TRU_Ajalooring, lk 80
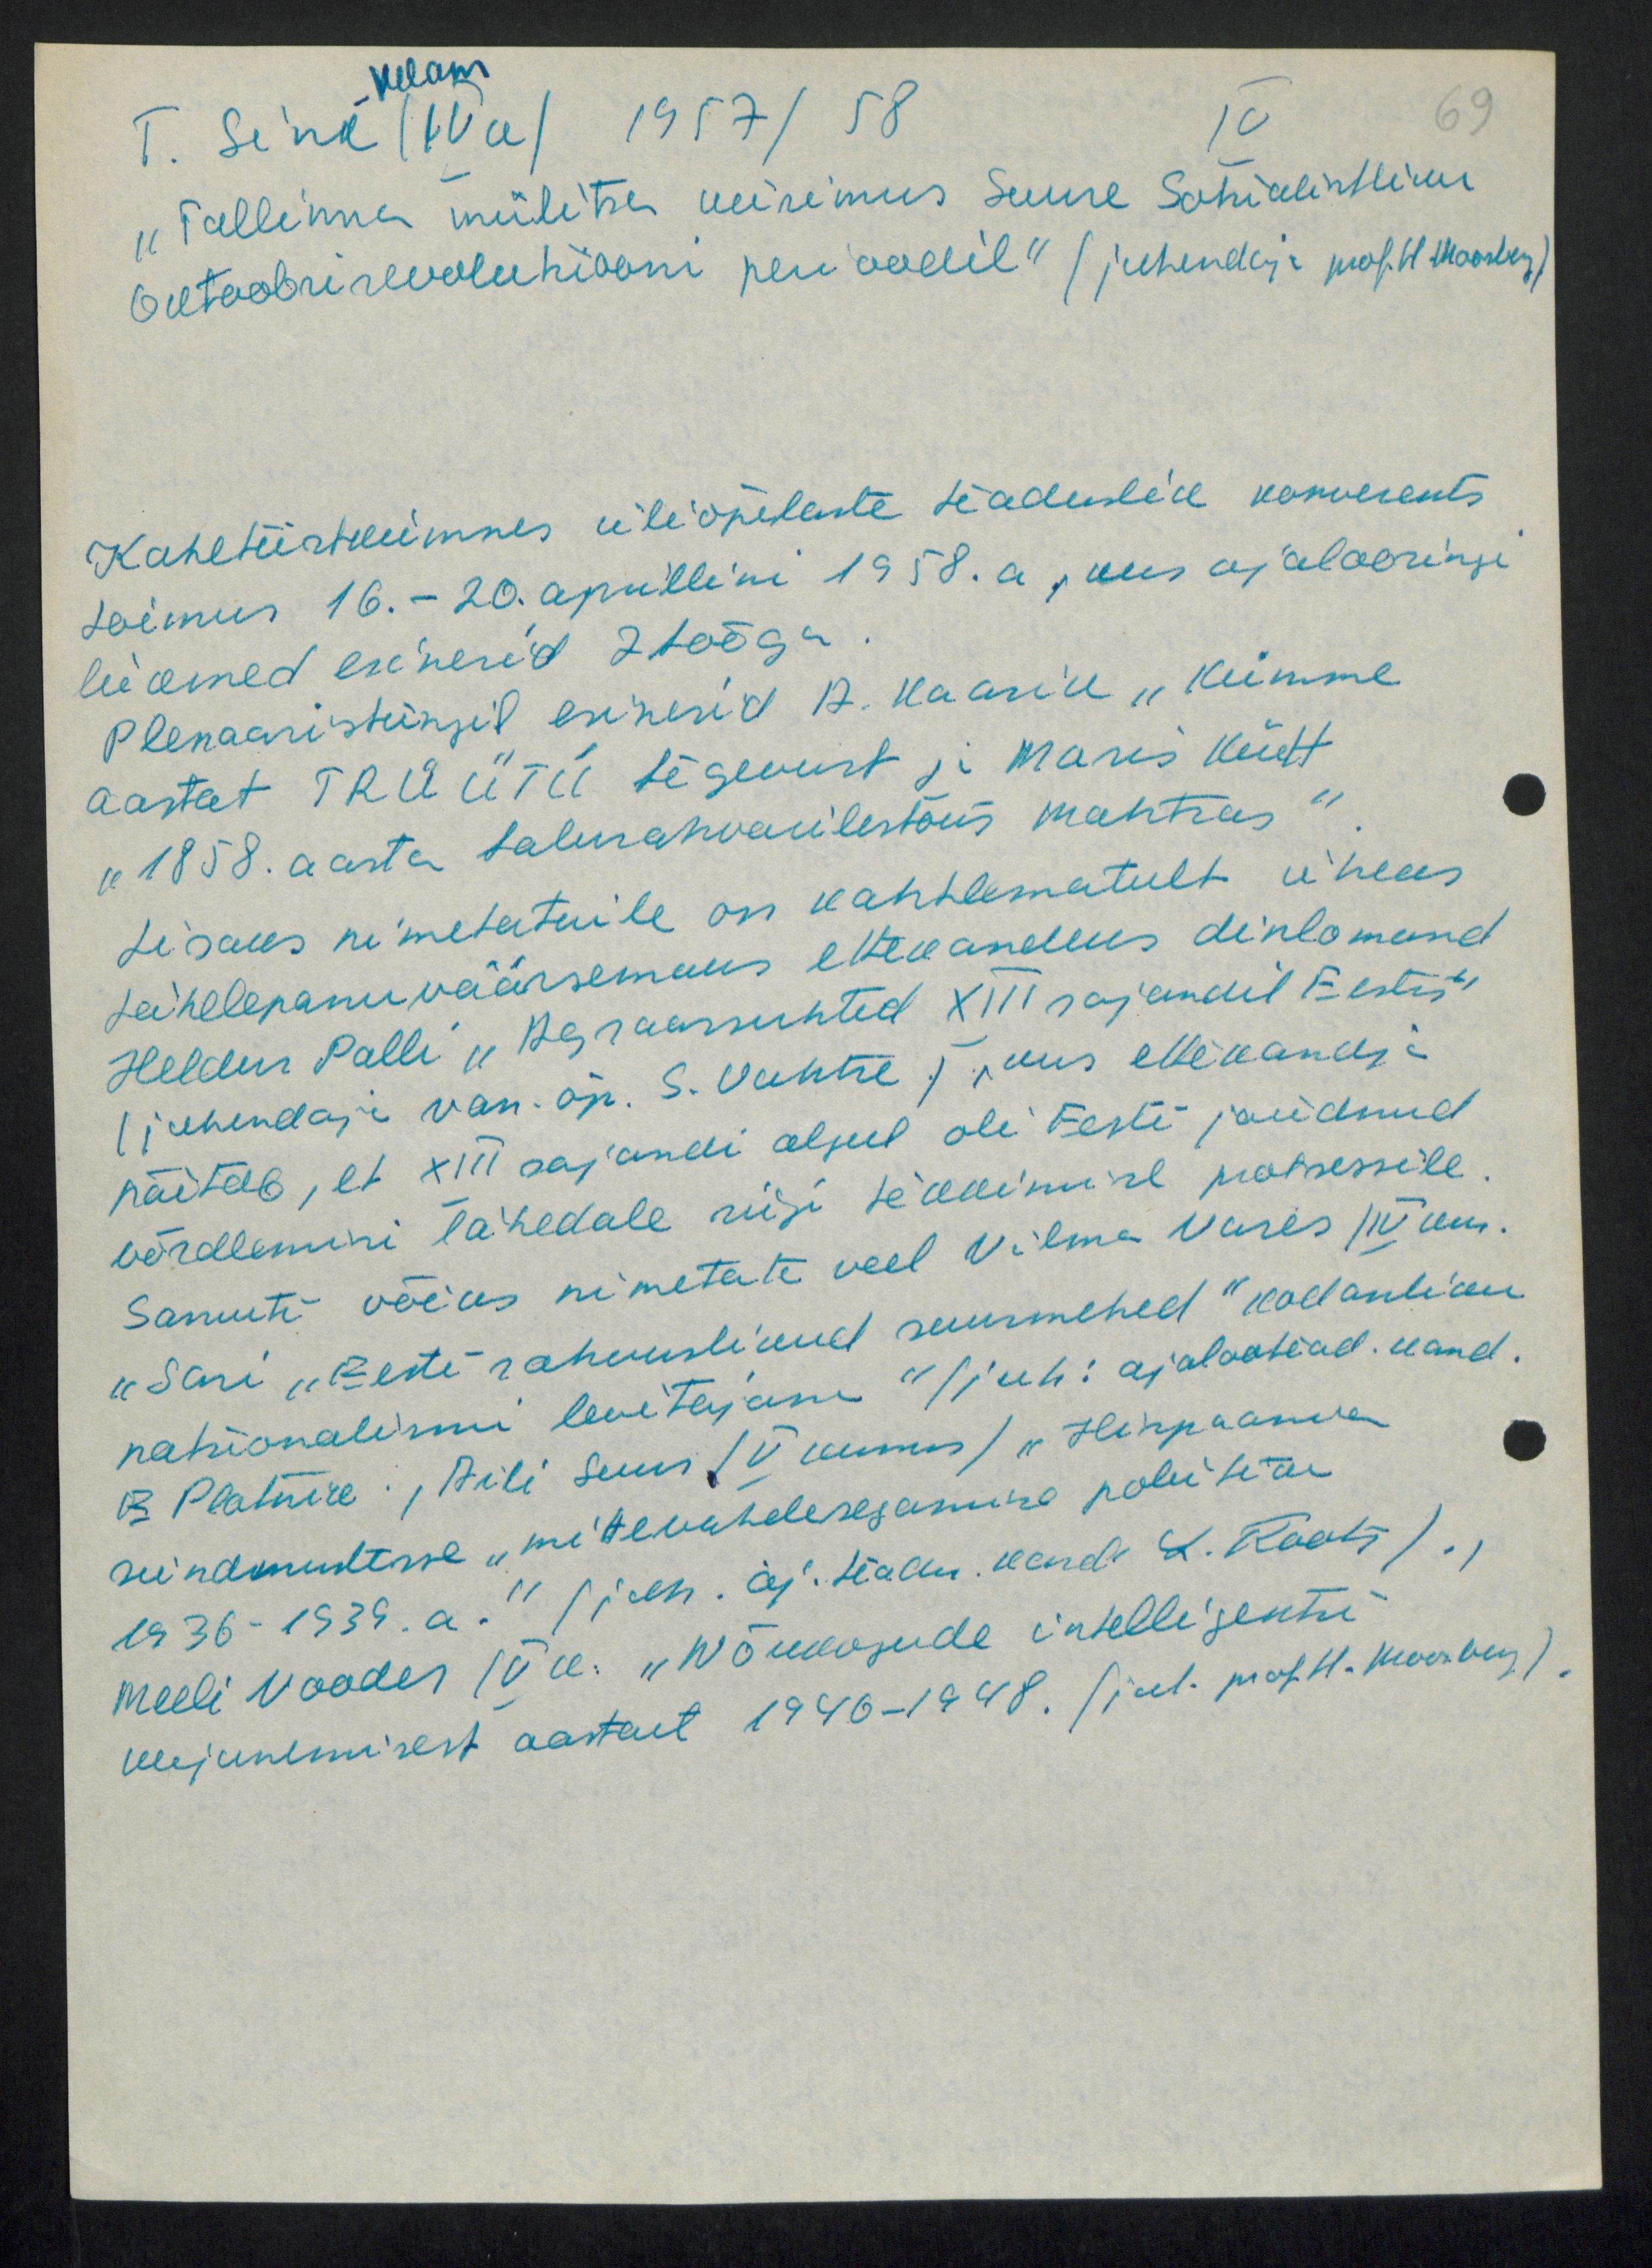
kelam
T. Sink-  (IVk) 1957/58
IV
69
"Tallinna miilitsa uurimus Suure Sotsialistliku
Oktoobrirevolutsiooni perioodil" (juhendaja prof. H. Moosberg)
Kaheteistkümnes üliõpilaste teaduslik konverents
toimus 16.-20. aprillini 1958.a., uus ajalooringi
liikmed esinerid 7 tööga.
Plenaaristungil esinesid A. Kaasik "Kümme
aastat TRÜ ÜTÜ tegevust ja Maris Kütt
"1858. aasta talurahvaülestõus Mahtras".
Lisaks nimetatuile on kahtlematult üheks
tähelepanu väärsemaks ettekandeks dinlomeid
Heldur Palli "Agraarsuhted XIII sajandil Eestis"
(juhendaja van. õp. S. Vahtre), uus ettekandja
näitab, et XIII sajandi algul oli Eesti jõudnud
võrdlemisi lähedale riigi tekkimise protsessile.
Samuti võiks nimetata veel Vilma Vares /IV kur.
"Sari "Eesti rahvuslikud suurmehed" kodanliku
natsionalismi levitajana" (juh: ajalootead. kand.
B. Platnire. ,Aili suur (V kursus) "Hispaania
sündmustesse "mittevahelesegamine poliitika
1936-1939. a." (juh. aj. teadu. kond. L. Roots).,
Meeli Vooder IV k. "Nõukogude intelligentsi
kujunemisest aastast 1946-1948. (juh. prof. H Moosberg)